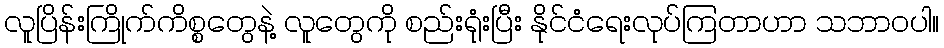
လူပြိန်းကြိုက်ကိစ္စတွေနဲ့ လူတွေကို စည်းရုံးပြီး နိုင်ငံရေးလုပ်ကြတာဟာ သဘာဝပါ။